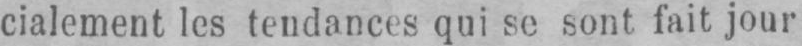
cialement les tendances qui se sont fait jour